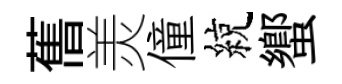
𦾔羙僮綂蠁